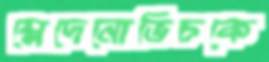
ম্লেদেনোভিচকে